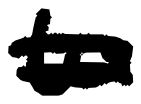
Text: to
Cross-out: double-line
Writing tool: digital_black